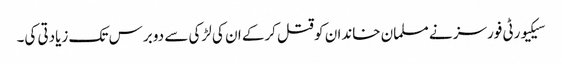
سیکیورٹی فورسز نے مسلمان خاندان کو قتل کرکے ان کی لڑکی سے دو برس تک زیادتی کی۔